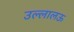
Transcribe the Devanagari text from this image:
उल्लालऊ